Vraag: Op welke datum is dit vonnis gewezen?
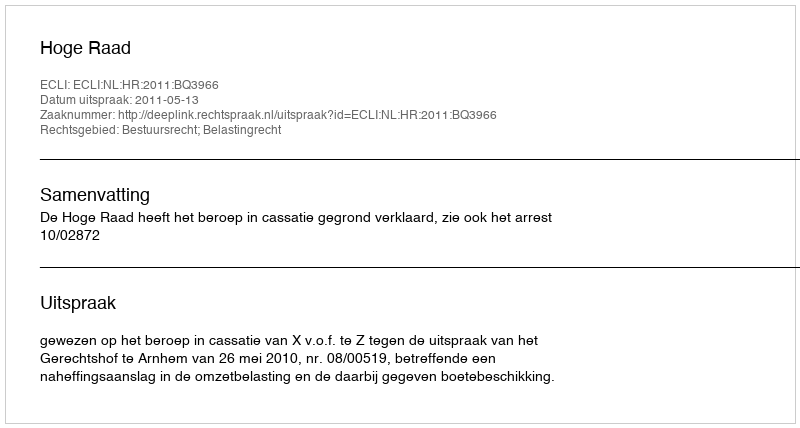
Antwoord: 2011-05-13